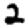
Digit: 2